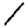
Digit: 1